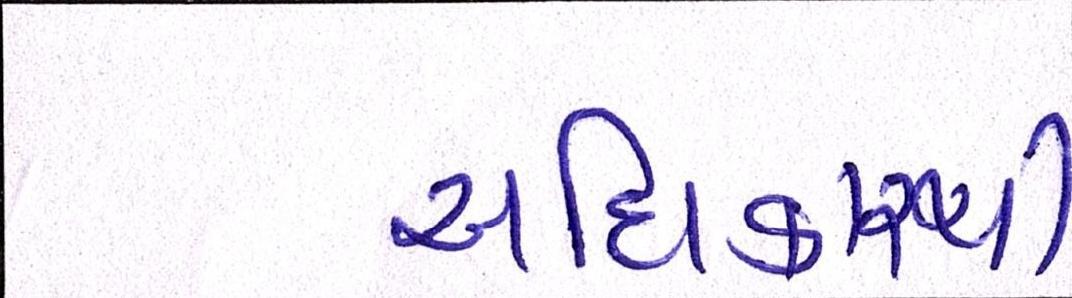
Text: અધિકારથી